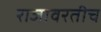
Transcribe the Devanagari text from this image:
राजावरतीच